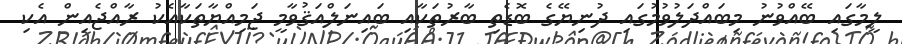
ލީމާގައި ބޭއްވުނު މިބައްދަލުވުމުގައި ދުނިޔޭގެ ބޮޑެތި ބާރުތަކާއި ބައިނަލްއަޤުވާމީ ޖަމިއްޔާތަކާއެކު ރާއްޖެއިން އެކި